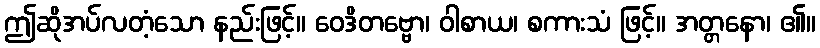
ဤဆိုအပ်လတံ့သော နည်းဖြင့်။ ဝေဒိတဗ္ဗော၊ ဝါစာယ၊ စကားသံ ဖြင့်။ အတ္တနော၊ ၏။